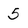
Character: 5